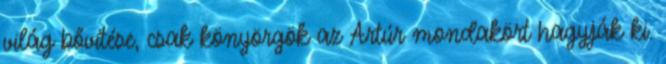
világ bővítése, csak könyörgök az Artúr mondakört hagyják ki.